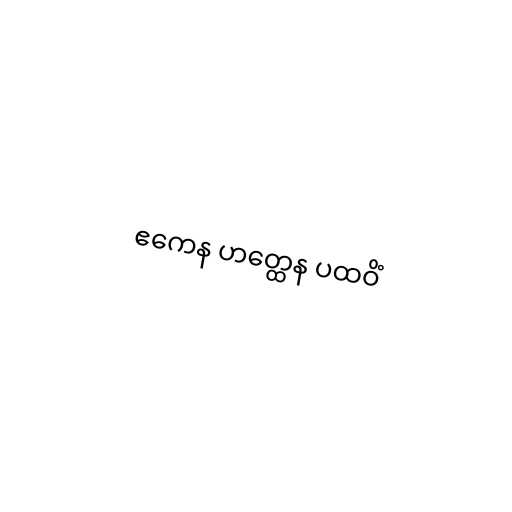
ဧကေန ဟတ္ထေန ပထဝိံ